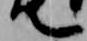
て